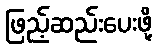
ဖြည့်ဆည်းပေးဖို့